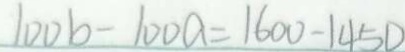
1 0 0 b - 1 0 0 a = 1 6 0 0 - 1 4 5 0